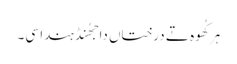
ہر کُھوہ تے درختاں دا جھُنڈ ہندا سی۔